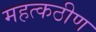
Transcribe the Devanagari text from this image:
महत्कठीण